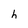
Character: h